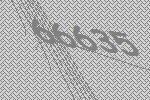
66635